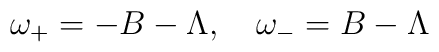
\omega_+=-B-\Lambda,\quad\omega_-=B-\Lambda